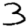
Digit: 3